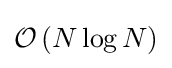
{\mathcal {O}}\left(N\log {N}\right)